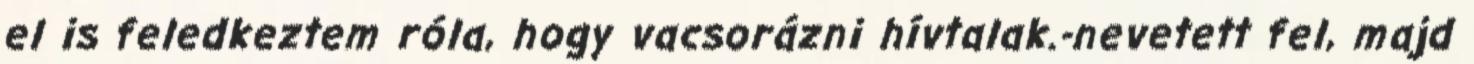
el is feledkeztem róla, hogy vacsorázni hívtalak.-nevetett fel, majd